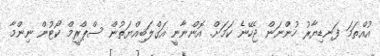
އުއްތަމަ ފަނޑިޔާރު ހުންނަން ޖެހޭނެ ކަމަށް. އޮންނާނީ އަގްލަބިއްޔަތުން ސްޕްރީމް ކޯޓުން ނިންމާ